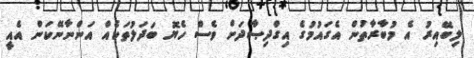
ލިބޭއިރު އެ މުބާރާތުން އެގައުމުގެ އިގްދިޞާދަށް ވެސް ހެޔޮ ބަދަލުތަކެއް އަންނާނޭކަން އެއީ